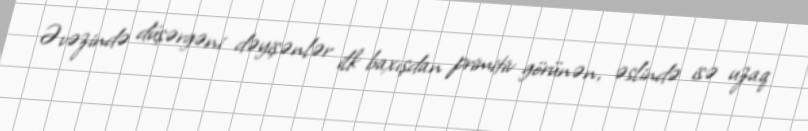
Əvəzində düşərgəni dəyişənlər ilk baxışdan primitiv görünən, əslində isə uzaq